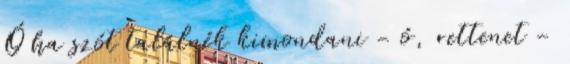
Ó ha szót találnék kimondani - ó, rettenet -